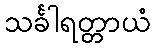
သင်္ခါရတ္တာယံ